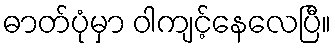
ဓာတ်ပုံမှာ ဝါကျင့်နေလေပြီ။